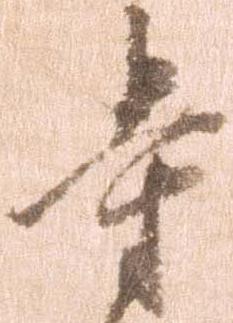
寺